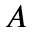
A